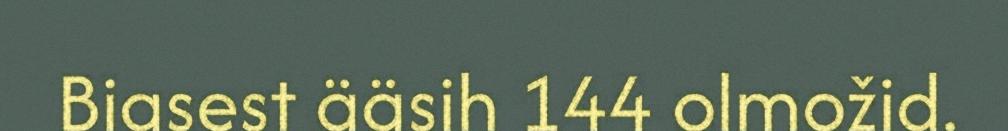
Biasest ääsih 144 olmožid.